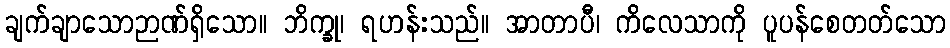
ချက်ချာသောဉာဏ်ရှိသော။ ဘိက္ခု၊ ရဟန်းသည်။ အာတာပီ၊ ကိလေသာကို ပူပန်စေတတ်သော